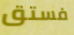
فستق